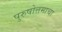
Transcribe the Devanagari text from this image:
पुरुषोत्तमाचा